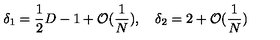
\delta _ { 1 } = \frac { 1 } { 2 } D - 1 + \mathcal { O } ( \frac { 1 } { N } ) , \quad \delta _ { 2 } = 2 + \mathcal { O } ( \frac { 1 } { N } )